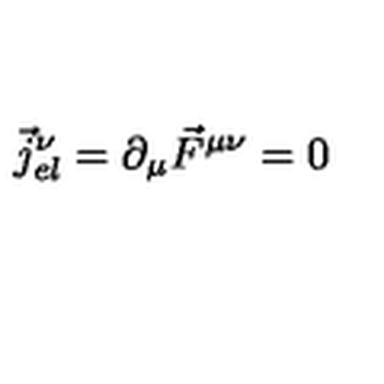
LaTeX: \vec { j } _ { e l } ^ { \nu } = \partial _ { \mu } \vec { F } ^ { \mu \nu } = 0